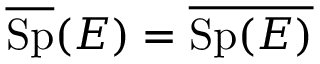
{ \overline { { \operatorname { S p } } } } ( E ) = { \overline { { \operatorname { S p } ( E ) } } }